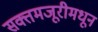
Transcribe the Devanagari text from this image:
सक्तमजूरीमधून